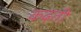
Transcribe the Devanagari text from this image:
कढ़ती